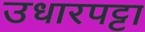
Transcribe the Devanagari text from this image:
उधारपट्टा